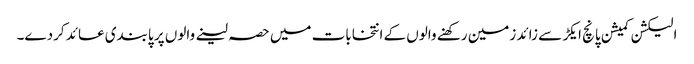
الیکشن کمیشن پانچ ایکڑ سے زائد زمین رکھنے والوں کے انتخابات میں حصہ لینے والوں پر پابندی عائد کردے۔